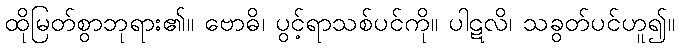
ထိုမြတ်စွာဘုရား၏။ ဗောဓိ၊ ပွင့်ရာသစ်ပင်ကို။ ပါဋလိ၊ သခွတ်ပင်ဟူ၍။